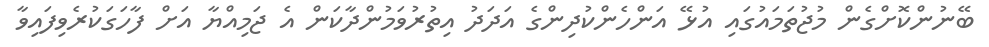
ބޭނުންކޮށްގެން މުޖުތަމައުގައި އުޅޭ އަންހެންކުދިންގެ އަދަދު އިތުރުވަމުންދާކަން އެ ޖަމިއްޔާ އަށް ފާހަގަކުރެވިފައިވާ